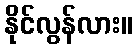
နိုင်လွန်လား။